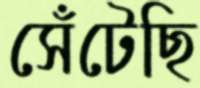
সেঁটেছি